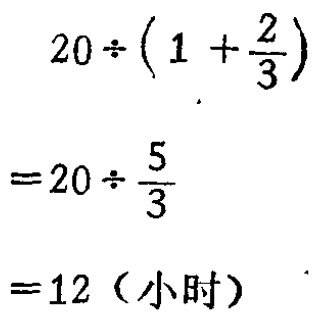
\[

\begin{align*}

&20\div\left(1 + \frac{2}{3}\right)\\

=&20\div\frac{5}{3}\\

=&12 \text{（小时）}

\end{align*}

\]